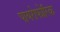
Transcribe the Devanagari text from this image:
पायरोफोरिक